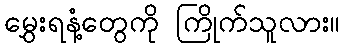
မွှေးရနံ့တွေကို ကြိုက်သူလား။